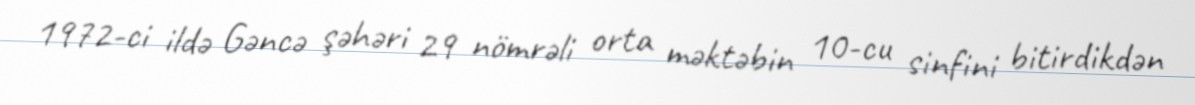
1972-ci ildə Gəncə şəhəri 29 nömrəli orta məktəbin 10-cu sinfini bitirdikdən